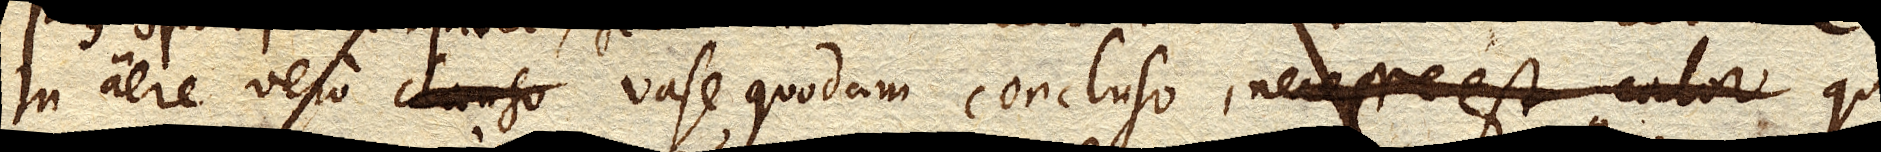
In aere vero vase quodam concluso, qui